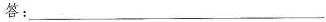
答：___